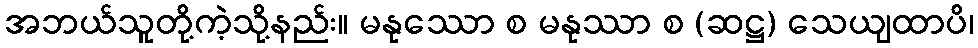
အဘယ်သူတို့ကဲ့သို့နည်း။ မနုဿော စ မနုဿာ စ (ဆဋ္ဌ) သေယျထာပိ၊